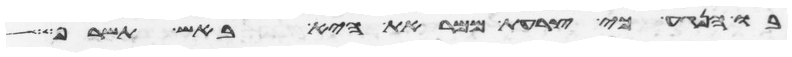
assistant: בו הנגע כי צרעת ממראת היא באש תשרף